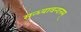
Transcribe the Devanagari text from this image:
सन्ध्यावन्दनम्